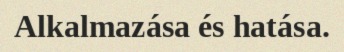
Alkalmazása és hatása.